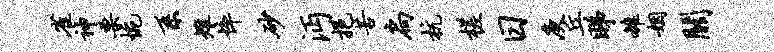
雀神栗惋系雉悴砂沔挹苦扃杭槎日庾丘睇雒姻关